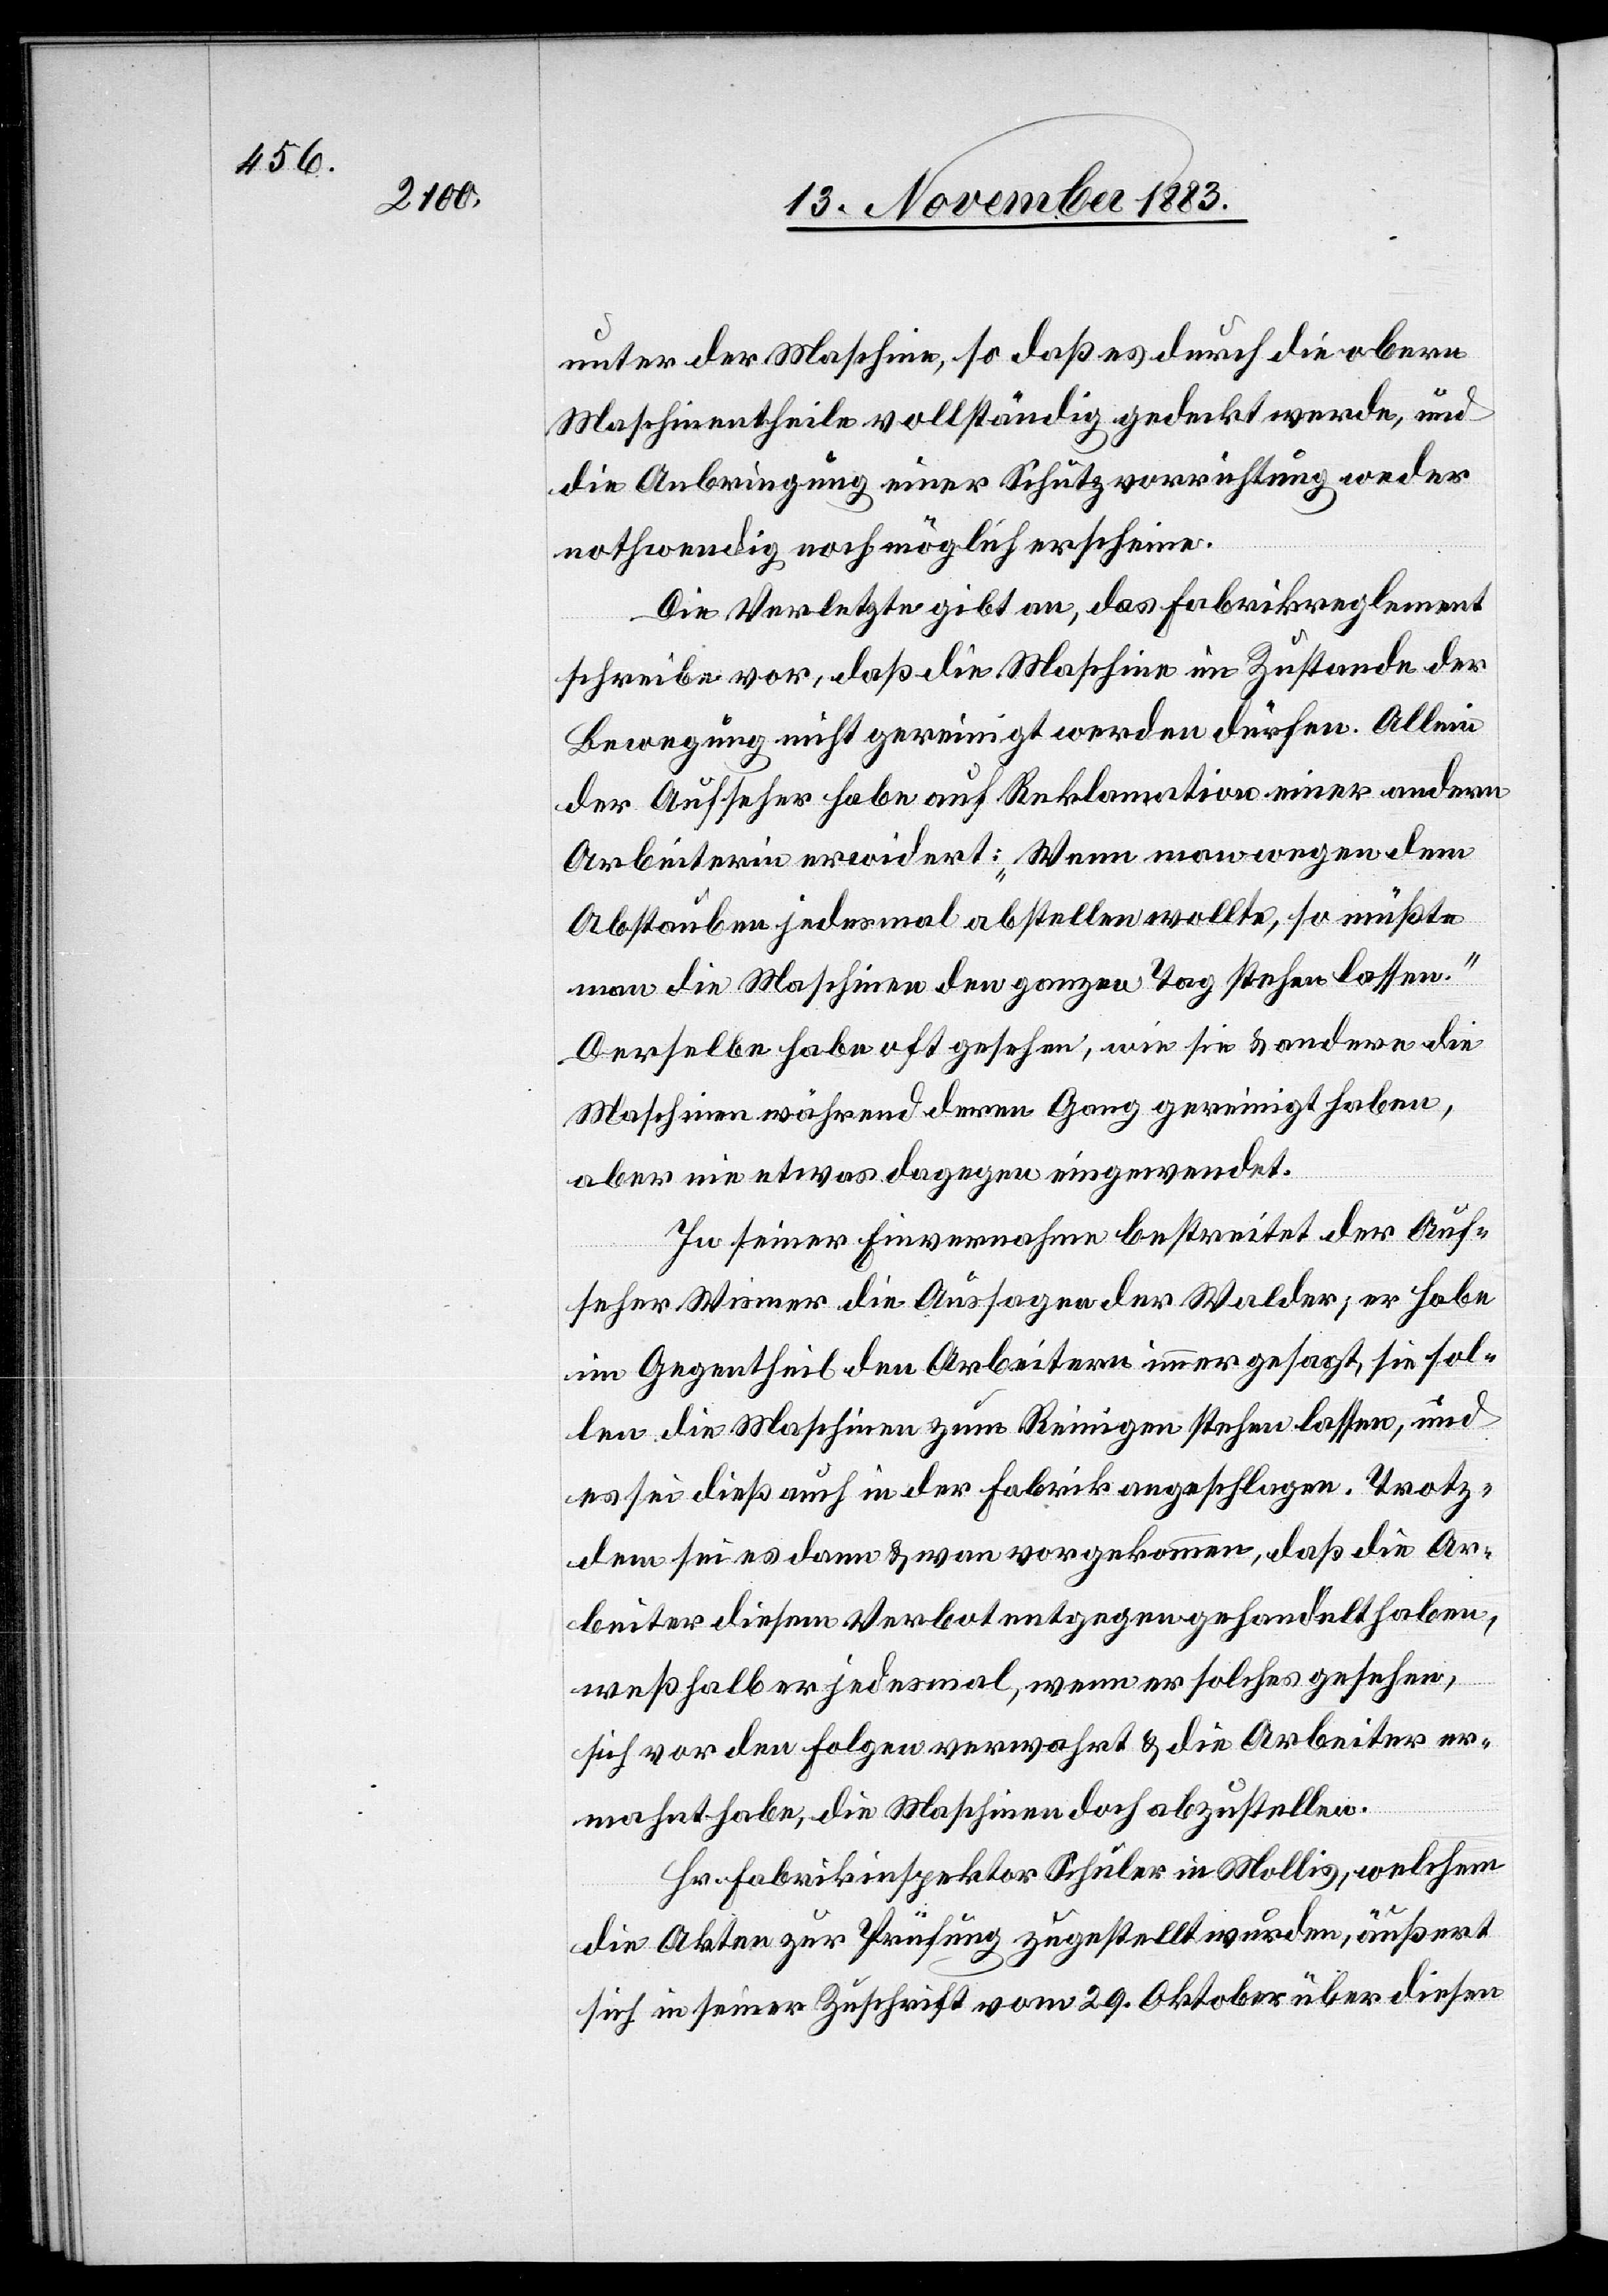
unter der Maschine, so daß es durch die obern
Maschinentheile vollständig gedeckt werde, und
die Anbringung einer Schutzvorrichtung weder
nothwendig noch möglich erscheine.
Die Verletzte gibt an, das Fabrikreglement
schreibe vor, daß die Maschine[n] im Zustande der
Bewegung nicht gereinigt werden dürfen. Allein
der Aufseher habe auf Reklamation einer andern
Arbeiterin erwidert: „Wenn man wegen dem
Abstauben jedesmal abstellen wollte, so müßte
man die Maschinen den ganzen Tag stehen lassen.“
Derselbe habe oft gesehen, wie sie & andere die
Maschinen während deren Gang gereinigt haben,
aber nie etwas dagegen eingewendet.
In seiner Einvernahme bestreitet der Auf¬
seher Wismer die Aussagen der Walder; er habe
im Gegentheil den Arbeitern immer gesagt, sie sol¬
len die Maschinen zum Reinigen stehen lassen, und
es sei dieß auch in der Fabrik angeschlagen. Trotz¬
dem sei es dann & wan[n] vorgekommen, daß die Ar¬
beiter diesem Verbot entgegen gehandelt haben,
weßhalb er jedesmal, wenn er solches gesehen,
sich vor den Folgen verwahrt & die Arbeiter er¬
mahnt habe, die Maschinen doch abzustellen.
Hr. Fabrikinspektor Schuler in Mollis, welchem
die Akten zur Prüfung zugestellt wurden, äußert
sich in seiner Zuschrift vom 29. Oktober über diesen